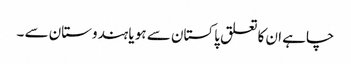
چاہے ان کا تعلق پاکستان سے ہو یا ہندوستان سے ۔